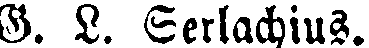
G. L. Serlachius.